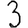
Digit: 3